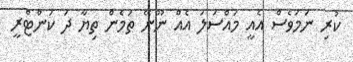
ކުރި ނަމަވެސް އެއީ މައްސަލަ އެއް ނޫނޭ ތަމެން ތިޔާ ދަ ކަންޓްރީ